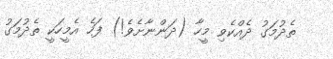
ތެދުމަގު ދެއްކެވި މީހާ (ދަންނާށެވެ!) ފަހެ އެމީހަކީ ތެދުމަގު